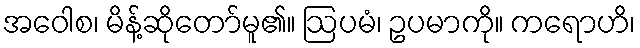
အဝေါစ၊ မိန့်ဆိုတော်မူ၏။ ဩပမံ၊ ဥပမာကို။ ကရောဟိ၊